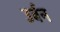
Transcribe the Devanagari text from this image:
उर्बन